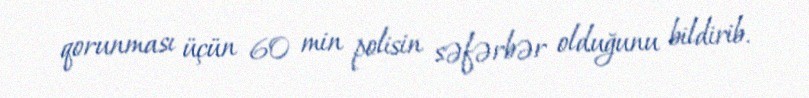
qorunması üçün 60 min polisin səfərbər olduğunu bildirib.